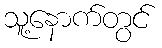
သူ့နောက်တွင်